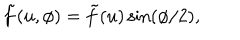
LaTeX: \tilde { f } ( u , \phi ) = \tilde { f } ( u ) \sin ( \phi / 2 ) ,